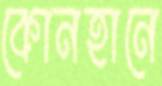
কোনহানে